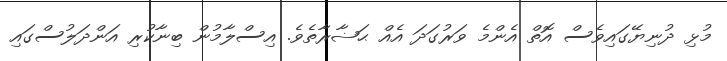
މުޅި ދުނިޔޭގައިވެސް އޮތް އެންމެ ވަރުގަދަ އެއް ޙަޟާރާތެވެ. އިސްލާމުން ބިނާކުރި އަންދަލުސްގައި